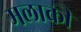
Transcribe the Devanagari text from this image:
मलाकी